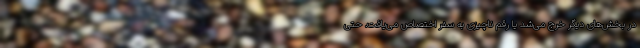
در بخش‌های دیگر خرج می‌شد یا رقم ناچیزی به سفر اختصاص می‌یافت. حتی